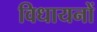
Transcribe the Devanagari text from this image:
विधायनों